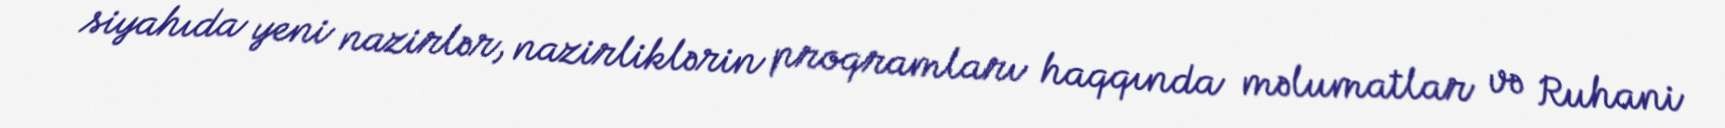
siyahıda yeni nazirlər, nazirliklərin proqramları haqqında məlumatlar və Ruhani